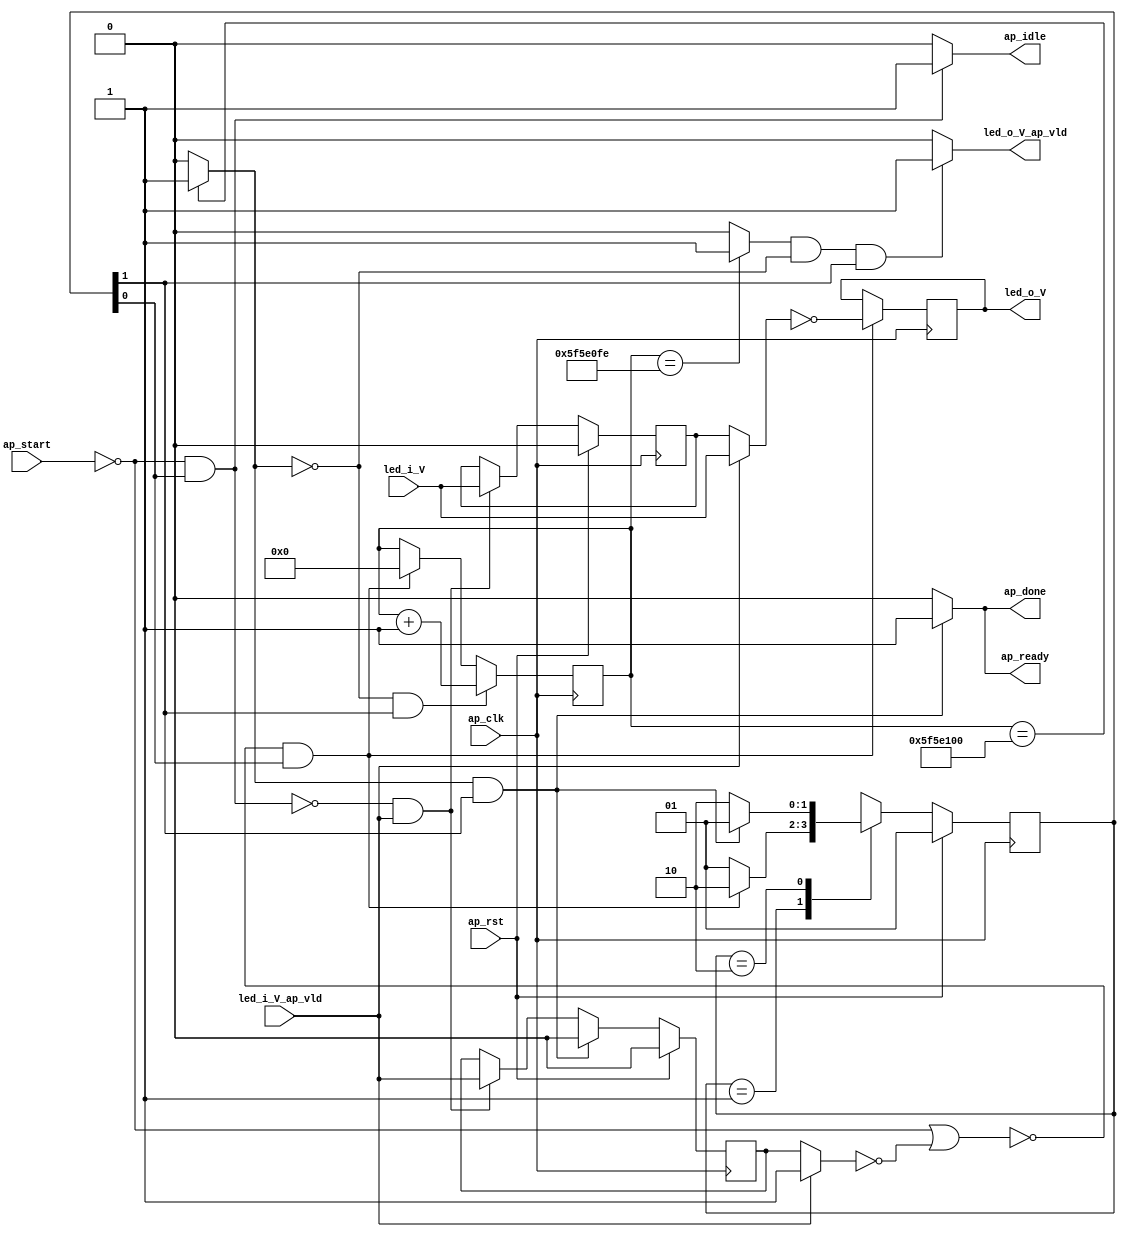
// ==============================================================
// RTL generated by Vivado(TM) HLS - High-Level Synthesis from C, C++ and OpenCL
// Version: 2019.2
// Copyright (C) 1986-2019 Xilinx, Inc. All Rights Reserved.
// 
// ===========================================================

`timescale 1 ns / 1 ps 

(* CORE_GENERATION_INFO="flash_led,hls_ip_2019_2,{HLS_INPUT_TYPE=cxx,HLS_INPUT_FLOAT=0,HLS_INPUT_FIXED=1,HLS_INPUT_PART=xc7z020-clg400-2,HLS_INPUT_CLOCK=20.000000,HLS_INPUT_ARCH=others,HLS_SYN_CLOCK=1.967750,HLS_SYN_LAT=100000001,HLS_SYN_TPT=none,HLS_SYN_MEM=0,HLS_SYN_DSP=0,HLS_SYN_FF=32,HLS_SYN_LUT=70,HLS_VERSION=2019_2}" *)

module flash_led (
        ap_clk,
        ap_rst,
        ap_start,
        ap_done,
        ap_idle,
        ap_ready,
        led_o_V,
        led_o_V_ap_vld,
        led_i_V,
        led_i_V_ap_vld
);

parameter    ap_ST_fsm_state1 = 2'd1;
parameter    ap_ST_fsm_state2 = 2'd2;

input   ap_clk;
input   ap_rst;
input   ap_start;
output   ap_done;
output   ap_idle;
output   ap_ready;
output  [0:0] led_o_V;
output   led_o_V_ap_vld;
input  [0:0] led_i_V;
input   led_i_V_ap_vld;

reg ap_done;
reg ap_idle;
reg ap_ready;
reg led_o_V_ap_vld;

(* fsm_encoding = "none" *) reg   [1:0] ap_CS_fsm;
wire    ap_CS_fsm_state1;
reg   [0:0] led_i_V_preg;
reg   [0:0] led_i_V_in_sig;
reg    led_i_V_ap_vld_preg;
reg    led_i_V_ap_vld_in_sig;
reg    led_i_V_blk_n;
wire   [0:0] r_V_fu_62_p2;
reg   [0:0] r_V_reg_86;
reg    ap_block_state1;
wire   [26:0] i_fu_74_p2;
wire    ap_CS_fsm_state2;
reg   [26:0] i_0_reg_51;
wire   [0:0] icmp_ln7_fu_68_p2;
wire   [0:0] icmp_ln8_fu_80_p2;
reg   [1:0] ap_NS_fsm;

// power-on initialization
initial begin
#0 ap_CS_fsm = 2'd1;
#0 led_i_V_preg = 1'd0;
#0 led_i_V_ap_vld_preg = 1'b0;
end

always @ (posedge ap_clk) begin
    if (ap_rst == 1'b1) begin
        ap_CS_fsm <= ap_ST_fsm_state1;
    end else begin
        ap_CS_fsm <= ap_NS_fsm;
    end
end

always @ (posedge ap_clk) begin
    if (ap_rst == 1'b1) begin
        led_i_V_ap_vld_preg <= 1'b0;
    end else begin
        if (((icmp_ln7_fu_68_p2 == 1'd1) & (1'b1 == ap_CS_fsm_state2))) begin
            led_i_V_ap_vld_preg <= 1'b0;
        end else if ((~((ap_start == 1'b0) & (1'b1 == ap_CS_fsm_state1)) & (led_i_V_ap_vld == 1'b1))) begin
            led_i_V_ap_vld_preg <= led_i_V_ap_vld;
        end
    end
end

always @ (posedge ap_clk) begin
    if (ap_rst == 1'b1) begin
        led_i_V_preg <= 1'd0;
    end else begin
        if ((~((ap_start == 1'b0) & (1'b1 == ap_CS_fsm_state1)) & (led_i_V_ap_vld == 1'b1))) begin
            led_i_V_preg <= led_i_V;
        end
    end
end

always @ (posedge ap_clk) begin
    if (((icmp_ln7_fu_68_p2 == 1'd0) & (1'b1 == ap_CS_fsm_state2))) begin
        i_0_reg_51 <= i_fu_74_p2;
    end else if ((~((ap_start == 1'b0) | (led_i_V_ap_vld_in_sig == 1'b0)) & (1'b1 == ap_CS_fsm_state1))) begin
        i_0_reg_51 <= 27'd0;
    end
end

always @ (posedge ap_clk) begin
    if ((~((ap_start == 1'b0) | (led_i_V_ap_vld_in_sig == 1'b0)) & (1'b1 == ap_CS_fsm_state1))) begin
        r_V_reg_86 <= r_V_fu_62_p2;
    end
end

always @ (*) begin
    if (((icmp_ln7_fu_68_p2 == 1'd1) & (1'b1 == ap_CS_fsm_state2))) begin
        ap_done = 1'b1;
    end else begin
        ap_done = 1'b0;
    end
end

always @ (*) begin
    if (((ap_start == 1'b0) & (1'b1 == ap_CS_fsm_state1))) begin
        ap_idle = 1'b1;
    end else begin
        ap_idle = 1'b0;
    end
end

always @ (*) begin
    if (((icmp_ln7_fu_68_p2 == 1'd1) & (1'b1 == ap_CS_fsm_state2))) begin
        ap_ready = 1'b1;
    end else begin
        ap_ready = 1'b0;
    end
end

always @ (*) begin
    if ((led_i_V_ap_vld == 1'b1)) begin
        led_i_V_ap_vld_in_sig = led_i_V_ap_vld;
    end else begin
        led_i_V_ap_vld_in_sig = led_i_V_ap_vld_preg;
    end
end

always @ (*) begin
    if (((ap_start == 1'b1) & (1'b1 == ap_CS_fsm_state1))) begin
        led_i_V_blk_n = led_i_V_ap_vld;
    end else begin
        led_i_V_blk_n = 1'b1;
    end
end

always @ (*) begin
    if ((led_i_V_ap_vld == 1'b1)) begin
        led_i_V_in_sig = led_i_V;
    end else begin
        led_i_V_in_sig = led_i_V_preg;
    end
end

always @ (*) begin
    if (((icmp_ln8_fu_80_p2 == 1'd1) & (icmp_ln7_fu_68_p2 == 1'd0) & (1'b1 == ap_CS_fsm_state2))) begin
        led_o_V_ap_vld = 1'b1;
    end else begin
        led_o_V_ap_vld = 1'b0;
    end
end

always @ (*) begin
    case (ap_CS_fsm)
        ap_ST_fsm_state1 : begin
            if ((~((ap_start == 1'b0) | (led_i_V_ap_vld_in_sig == 1'b0)) & (1'b1 == ap_CS_fsm_state1))) begin
                ap_NS_fsm = ap_ST_fsm_state2;
            end else begin
                ap_NS_fsm = ap_ST_fsm_state1;
            end
        end
        ap_ST_fsm_state2 : begin
            if (((icmp_ln7_fu_68_p2 == 1'd1) & (1'b1 == ap_CS_fsm_state2))) begin
                ap_NS_fsm = ap_ST_fsm_state1;
            end else begin
                ap_NS_fsm = ap_ST_fsm_state2;
            end
        end
        default : begin
            ap_NS_fsm = 'bx;
        end
    endcase
end

assign ap_CS_fsm_state1 = ap_CS_fsm[32'd0];

assign ap_CS_fsm_state2 = ap_CS_fsm[32'd1];

always @ (*) begin
    ap_block_state1 = ((ap_start == 1'b0) | (led_i_V_ap_vld_in_sig == 1'b0));
end

assign i_fu_74_p2 = (i_0_reg_51 + 27'd1);

assign icmp_ln7_fu_68_p2 = ((i_0_reg_51 == 27'd100000000) ? 1'b1 : 1'b0);

assign icmp_ln8_fu_80_p2 = ((i_0_reg_51 == 27'd99999998) ? 1'b1 : 1'b0);

assign led_o_V = r_V_reg_86;

assign r_V_fu_62_p2 = (led_i_V_in_sig ^ 1'd1);

endmodule //flash_led